Insane asylums in Bengal annual reports 1867-1875 - 1867-1875
Year: 1867
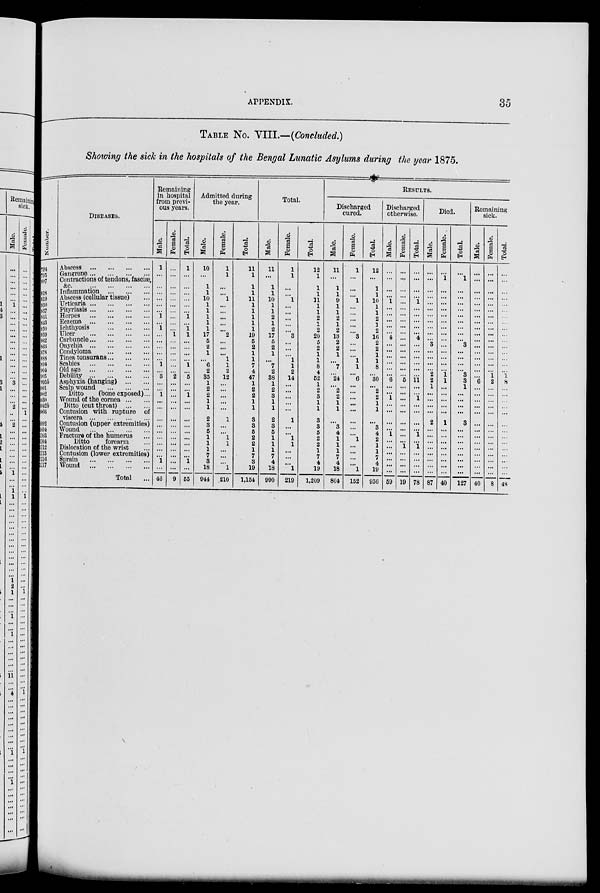
APPENDIX.
35
TABLE No. VIII.—(Concluded.)
Showing the sick in the hospitals of the Bengal Lunatic Asylums during the year 1875.
Number.
794
795
807
818
819
830
837
841
843
850
859
862
863
878
888
891
904
905
995b
1001
1002
1030
1042b
1066
1092
1094 1103
1104
1112
1115
1116
1117
DISEASES.
Abscess
...
...
...
...
Gangrene ... ... ... ...
Contractions of tendons, fasciæ,
&c.
...
...
...
...
Inflammation
...
...
...
Abscess (cellular tissue) ...
Urticaria
...
...
...
...
Pityriasis ... ... ... ...
Herpes
...
...
...
...
Eczema
...
...
...
...
Ichthyosis ... ... ... ...
Ulcer
...
...
...
...
Carbuncle ... ... ... ...
Onychia
...
...
...
...
Condyloma
...
...
...
Tinea tonsurans ... ... ...
Scabies
...
...
...
...
Old age
...
...
...
...
Debility
...
...
...
...
Asphyxia (hanging)
...
...
Scalp wound
...
...
Ditto
(bone exposed) ...
Wound of the cornea ... ...
Ditto (cut throat) ... ...
Contusion with rupture of
viscera
...
...
...
...
Contusion (upper extremities)
Wound
...
...
...
...
Fracture of the humerus ...
Ditto
forearm ...
Dislocation of the wrist ...
Contusion (lower extremities)
Sprain
...
...
...
...
Wound
...
...
...
...
Total ...
Remaining
in hospital
from previ-
ous years.
Male.
1
...
...
...
...
...
...
1
...
1
...
...
...
...
...
...
...
3
...
...
1
...
...
...
...
...
...
...
...
...
1
...
46
Female.
...
...
...
...
...
...
...
...
...
...
1
...
...
...
...
...
...
2
...
...
...
...
...
...
...
...
...
...
...
...
...
...
9
Total.
1
...
...
...
...
...
...
1
...
1
1
...
...
...
...
1
...
5
...
...
1
...
...
...
...
...
...
...
...
...
1
...
55
Admitted during
the year.
Male.
10
...
1
1
10
1
1
1
1
1
17
5
2
1
...
6
2
35
1
2
2
1
1
2
3
5
1
1
1
7
3
18
944
Female.
1
1
...
...
1
...
...
...
...
...
2
...
...
...
1
1
2
12
...
...
...
...
...
1
...
...
1
1
...
...
...
1
210
Total.
11
1
1
1
11
1
1
1
1
1
19
5
2
1
1
7
4
47
1
2
2
1
1
3
3
5
2
2
1
7
3
19
1,154
Total.
Male.
11
...
1
1
10
1
1
2
1
2
17
5
2
1
...
7
2
38
1
2
3
1
1
2
3
5
1
1
1
7
4
18
990
Female.
1
1
...
...
1
...
...
...
...
...
3
...
...
...
1
1
2
14
...
...
...
...
...
1
...
...
1
1
...
...
...
1
219
Total.
12
1
1
1
11
1
1
2
1
2
20
5
2
1
1
8
4
52
1
2
3
1
1
3
3
5
2
2
1
7
4
19
1,209
RESULTS.
Discharged
cured.
Male.
11
...
1
1
9
1
1
2
1
2
13
2
2
1
...
7
...
24
...
2
2
1
1
...
3
4
1
1
1
7
4
18
804
Female.
1
...
...
...
1
...
...
...
...
...
3
...
...
...
1
1
...
6
...
...
...
...
...
...
...
...
1
...
...
...
...
1
152
Total.
12
...
1
1
10
1
1
2
1
2
16
2
2
1
1
8
...
30
...
2
2
1
1
...
3 4
2
1
1
7
4
19
956
Discharged
otherwise.
Male.
...
...
...
...
1
...
...
...
...
...
4
...
...
...
...
...
...
6
...
...
1
...
...
...
...
1
...
...
...
...
...
...
59
Female.
...
...
...
...
...
...
...
...
...
...
...
...
...
...
...
...
...
5
...
...
...
...
...
...
...
...
...
1
...
...
...
...
19
Total.
...
...
...
...
1
...
...
...
...
...
4
...
...
...
...
...
...
11
...
...
1
...
...
...
...
1
...
1
...
...
...
...
78
Died.
Male.
...
...
...
...
...
...
...
...
...
...
...
3
...
...
...
...
2
2
1
...
...
...
...
2
...
...
...
...
...
...
...
...
87
Female.
...
1
...
...
...
...
...
...
...
...
...
...
...
...
...
...
1
1
...
...
...
...
...
1
...
...
...
...
...
...
...
...
40
Total.
...
1
...
...
...
...
...
...
...
...
...
3
...
...
...
...
3
3
1
...
...
...
...
3
...
...
...
...
...
...
...
...
127
Remaining
sick.
Male.
...
...
...
...
...
...
...
...
...
...
...
...
...
...
...
...
...
6
...
...
...
...
...
...
...
...
...
...
...
...
...
...
40
Female.
...
...
...
...
...
...
...
...
...
...
...
...
...
...
...
...
1
2
...
...
...
...
...
...
...
...
...
...
...
...
...
...
8
Total.
...
...
...
...
...
...
...
...
...
...
...
...
...
...
...
...
1 8
...
...
...
...
...
...
...
...
...
...
...
...
...
...
48